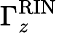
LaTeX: \Gamma_{z}^{\mathrm{RIN}}